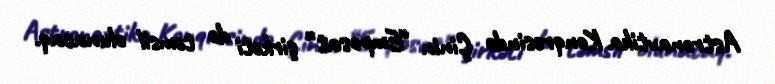
Astronavtika Konqresində Çinin “Emposat” şirkəti də təmsil olunacaq.